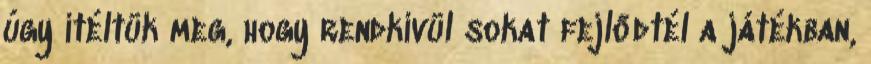
úgy ítéltük meg, hogy rendkívül sokat fejlődtél a játékban,